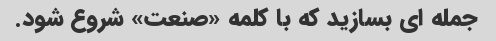
جمله ای بسازید که با کلمه «صنعت» شروع شود.